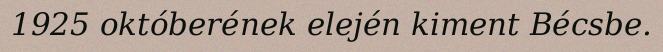
1925 októberének elején kiment Bécsbe.